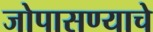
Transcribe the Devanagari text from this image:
जोपासण्याचे